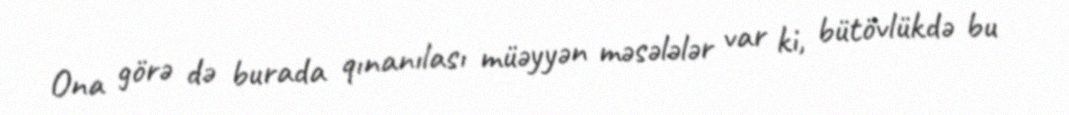
Ona görə də burada qınanılası müəyyən məsələlər var ki, bütövlükdə bu